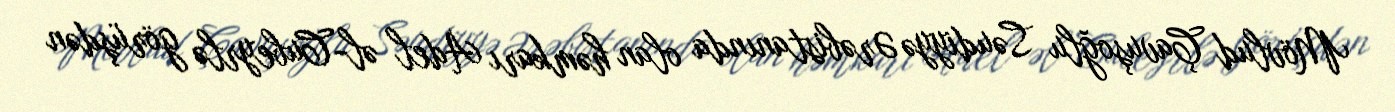
Mövlud Çavuşoğlu Səudiyyə Ərəbistanında olan həmkarı Adel əl-Cubeyrlə görüşdən